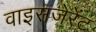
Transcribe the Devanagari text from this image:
वाइसजेरेंट